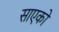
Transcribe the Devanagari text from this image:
साएको